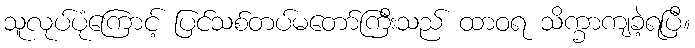
သူလုပ်ပုံကြောင့် ပြင်သစ်တပ်မတော်ကြီးသည် ထာဝရ သိက္ခာကျခဲ့ရပြီ။